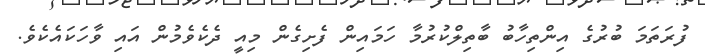
ފުރަތަމަ ބުރުގެ އިންތިހާބު ބާތިލްކުރުމާ ހަމައިން ފެށިގެން މިއީ ދެކެވެމުން އައި ވާހަކައެކެވެ.